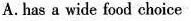
A. has a wide food choice